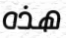
هذه